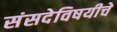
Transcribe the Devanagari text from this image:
संसदेविषयीचे